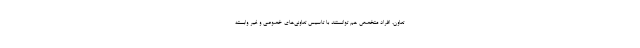
تعاون، افراد متخصص هم توانستند با تاسیس تعاونی‌های خصوصی و غیر وابسته